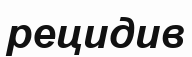
рецидив